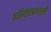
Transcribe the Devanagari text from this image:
परिवारप्रणाली